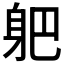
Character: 𲄛